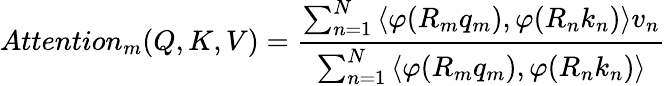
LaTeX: Attention_{m}(Q,K,V)=\frac{\sum_{n=1}^{N}\left\langle\varphi(R_{m}q_{m}),\varphi(R_{n}k_{n})\right\rangle v_{n}}{\sum_{n=1}^{N}\left\langle\varphi(R_{m}q_{m}),\varphi(R_{n}k_{n})\right\rangle}